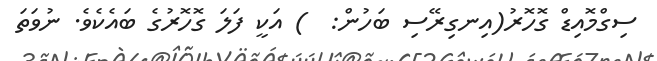
ސިގްމޮއިޑް ގޮހޮރު(އިނގިރޭސި ބަހުން:  ) އަކީ ފަލަ ގޮހޮރުގެ ބައެކެވެ. ނުވަތަ